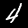
Digit: 4